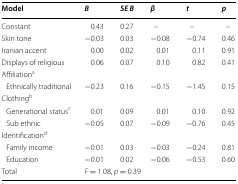
<table><thead><tr><td><b>Model</b></td><td><b><i>B</i></b></td><td><b><i>SE B</i></b></td><td><b><i>β</i></b></td><td><b><i>t</i></b></td><td><b><i>p</i></b></td></tr></thead><tbody><tr><td>Constant</td><td>0.43</td><td>0.27</td><td>–</td><td>–</td><td>–</td></tr><tr><td>Skin tone</td><td>−0.03</td><td>0.03</td><td>−0.08</td><td>−0.74</td><td>0.46</td></tr><tr><td>Iranian accent</td><td>0.00</td><td>0.02</td><td>0.01</td><td>0.11</td><td>0.91</td></tr><tr><td>Displays of religious</td><td>0.06</td><td>0.07</td><td>0.10</td><td>0.82</td><td>0.41</td></tr><tr><td colspan="6">Affiliation<sup>a</sup></td></tr><tr><td> Ethnically traditional</td><td>−0.23</td><td>0.16</td><td>−0.15</td><td>−1.45</td><td>0.15</td></tr><tr><td colspan="6">Clothing<sup>b</sup></td></tr><tr><td> Generational status<sup>c</sup></td><td>0.01</td><td>0.09</td><td>0.01</td><td>0.10</td><td>0.92</td></tr><tr><td> Sub ethnic</td><td>−0.05</td><td>0.07</td><td>−0.09</td><td>−0.76</td><td>0.45</td></tr><tr><td colspan="6">Identification<sup>d</sup></td></tr><tr><td> Family income</td><td>−0.01</td><td>0.03</td><td>−0.03</td><td>−0.24</td><td>0.81</td></tr><tr><td> Education</td><td>−0.01</td><td>0.02</td><td>−0.06</td><td>−0.53</td><td>0.60</td></tr><tr><td>Total</td><td colspan="5"><i>F</i> = 1.08, <i>p</i> = 0.39</td></tr></tbody></table>